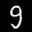
Label: 9